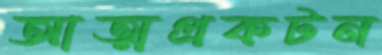
আত্মপ্রকটন